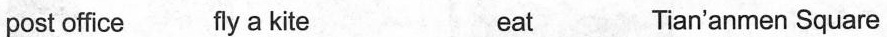
post office fly a kite eat Tian'anmen Square